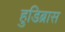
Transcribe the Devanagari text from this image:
हुडिब्रास